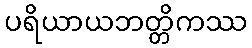
ပရိယာယဘတ္တိကဿ